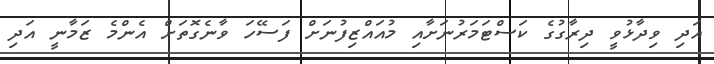
އަދި ވިދާޅުވީ ދިރާގުގެ ކަސްޓަމަރުނަށާއި މުއައްޒިފުނަށް ފަސޭހަ ވާނެގޮތަށް އެންމެ ޒަމާނީ އަދި